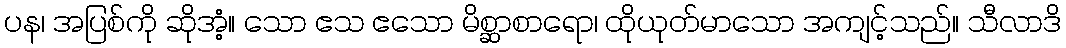
ပန၊ အပြစ်ကို ဆိုအံ့။ သော ဧသ ဧသော မိစ္ဆာစာရော၊ ထိုယုတ်မာသော အကျင့်သည်။ သီလာဒိ